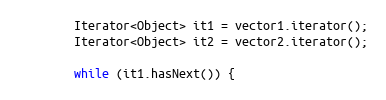
Language: Java
		Iterator<Object> it1 = vector1.iterator();
		Iterator<Object> it2 = vector2.iterator();

		while (it1.hasNext()) {